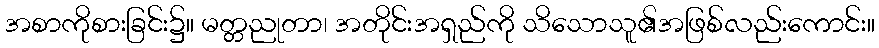
အစာကိုစားခြင်း၌။ မတ္တညုတာ၊ အတိုင်းအရှည်ကို သိသောသူ၏အဖြစ်လည်းကောင်း။